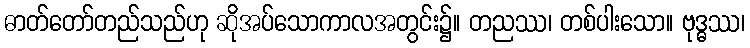
ဓာတ်တော်တည်သည်ဟု ဆိုအပ်သောကာလအတွင်း၌။ တညဿ၊ တစ်ပါးသော။ ဗုဒ္ဓဿ၊